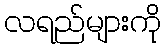
လရည်များကို